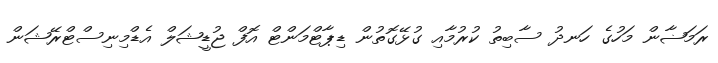
ރަމަޟާން މަހުގެ ހަނދު ސާބިތު ކުރުމާއި ގުޅޭގޮތުން ޑިޕާޓްމަންޓް އޮފް ޖުޑީޝަލް އެޑްމިނިސްޓްރޭޝަން